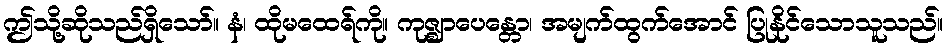
ဤသို့ဆိုသည်ရှိသော်။ နံ၊ ထိုမထေရ်ကို။ ကုဇ္ဈာပေန္တော၊ အမျက်ထွက်အောင် ပြုနိုင်သောသူသည်။